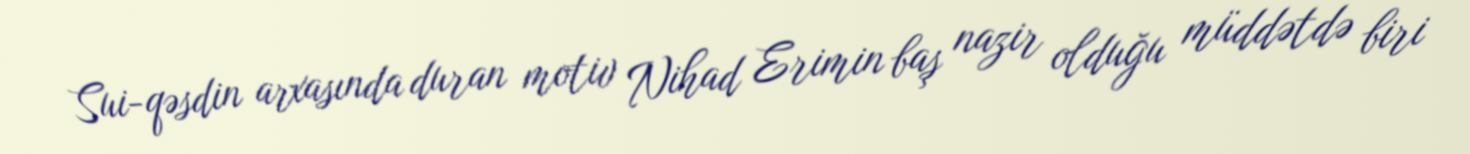
Sui-qəsdin arxasında duran motiv Nihad Erimin baş nazir olduğu müddətdə biri